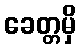
ခေတ္တမှိ